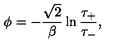
\phi = - \frac { \sqrt { 2 } } { \beta } \ln \frac { \tau _ { + } } { \tau _ { - } } ,